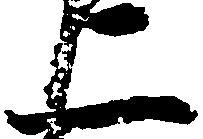
二